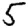
Digit: 5